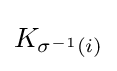
K_{\sigma ^{-1}(i)}